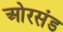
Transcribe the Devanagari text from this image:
ओरसंड